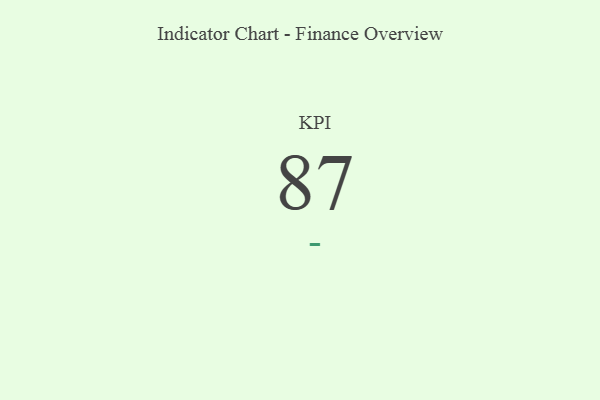
{"axis": {"x": "KPI", "y": "Value"}, "legend": [""], "data": [{"x": "KPI", "y": 87, "type": ""}]}